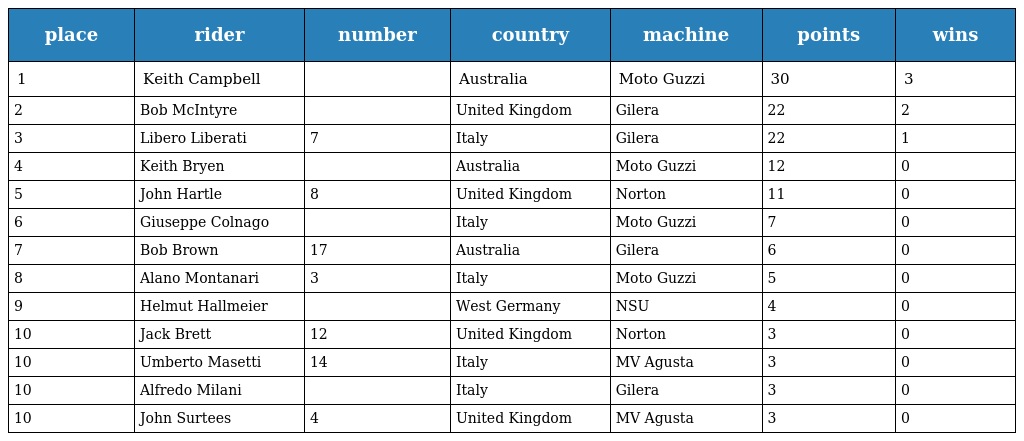
| place | rider | number | country | machine | points | wins |
 | --- | --- | --- | --- | --- | --- | --- |
 | 1 | Keith Campbell |  | Australia | Moto Guzzi | 30 | 3 |
 | 2 | Bob McIntyre |  | United Kingdom | Gilera | 22 | 2 |
 | 3 | Libero Liberati | 7 | Italy | Gilera | 22 | 1 |
 | 4 | Keith Bryen |  | Australia | Moto Guzzi | 12 | 0 |
 | 5 | John Hartle | 8 | United Kingdom | Norton | 11 | 0 |
 | 6 | Giuseppe Colnago |  | Italy | Moto Guzzi | 7 | 0 |
 | 7 | Bob Brown | 17 | Australia | Gilera | 6 | 0 |
 | 8 | Alano Montanari | 3 | Italy | Moto Guzzi | 5 | 0 |
 | 9 | Helmut Hallmeier |  | West Germany | NSU | 4 | 0 |
 | 10 | Jack Brett | 12 | United Kingdom | Norton | 3 | 0 |
 | 10 | Umberto Masetti | 14 | Italy | MV Agusta | 3 | 0 |
 | 10 | Alfredo Milani |  | Italy | Gilera | 3 | 0 |
 | 10 | John Surtees | 4 | United Kingdom | MV Agusta | 3 | 0 |